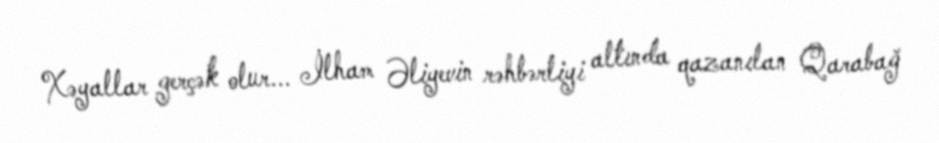
Xəyallar gerçək olur... İlham Əliyevin rəhbərliyi altında qazanılan Qarabağ